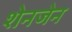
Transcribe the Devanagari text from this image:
शेनजेन